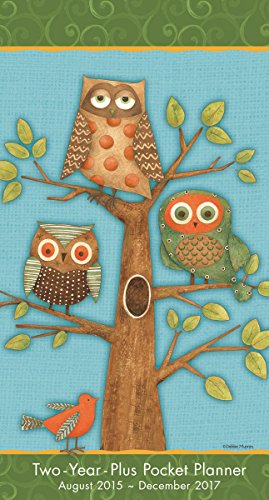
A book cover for Owls by Debbie Mumm 2016 Checkbook/2 year pocket planner Calendar; Debbie Mumm; Calendars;